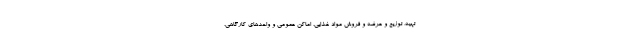
تهیه، توزیع و عرضه و فروش مواد غذایی، اماکن عمومی و واحدهای کارگاهی،